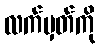
လက်မှတ်ကို